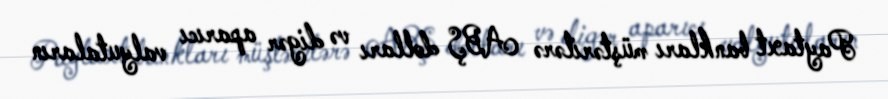
Paytaxt bankları müştərilərə ABŞ dolları və digər aparıcı valyutaların